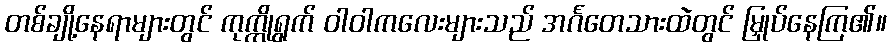
တစ်ချို့နေရာများတွင် ကုက္ကိုရွက် ဝါဝါကလေးများသည် အင်္ဂတေသားထဲတွင် မြှုပ်နေကြ၏။